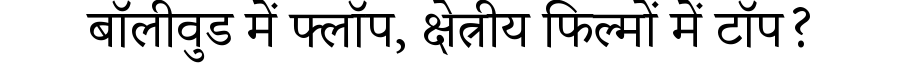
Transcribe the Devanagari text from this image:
बॉलीवुड में फ्लॉप, क्षेत्रीय फिल्मों में टॉप?